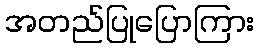
အတည်ပြုပြောကြား